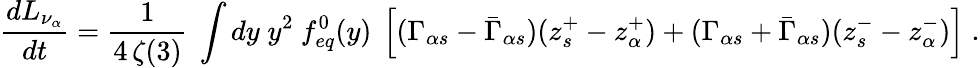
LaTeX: \frac{dL_{\nu_{\alpha}}}{dt}={\frac{1}{4\, \zeta(3)}}~\int dy\; y^{2}~f_{eq}^{0}(y)~\left[(\Gamma_{\alpha s}-\bar{\Gamma}_{\alpha s})(z_{s}^{+}-z_{\alpha}^{+})+(\Gamma_{\alpha s}+\bar{\Gamma}_{\alpha s})(z_{s}^{-}-z_{\alpha}^{-})\right]\; .